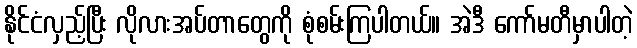
နိုင်ငံလှည့်ပြီး လိုလားအပ်တာတွေကို စုံစမ်းကြပါတယ်။ အဲဒီ ကော်မတီမှာပါတဲ့